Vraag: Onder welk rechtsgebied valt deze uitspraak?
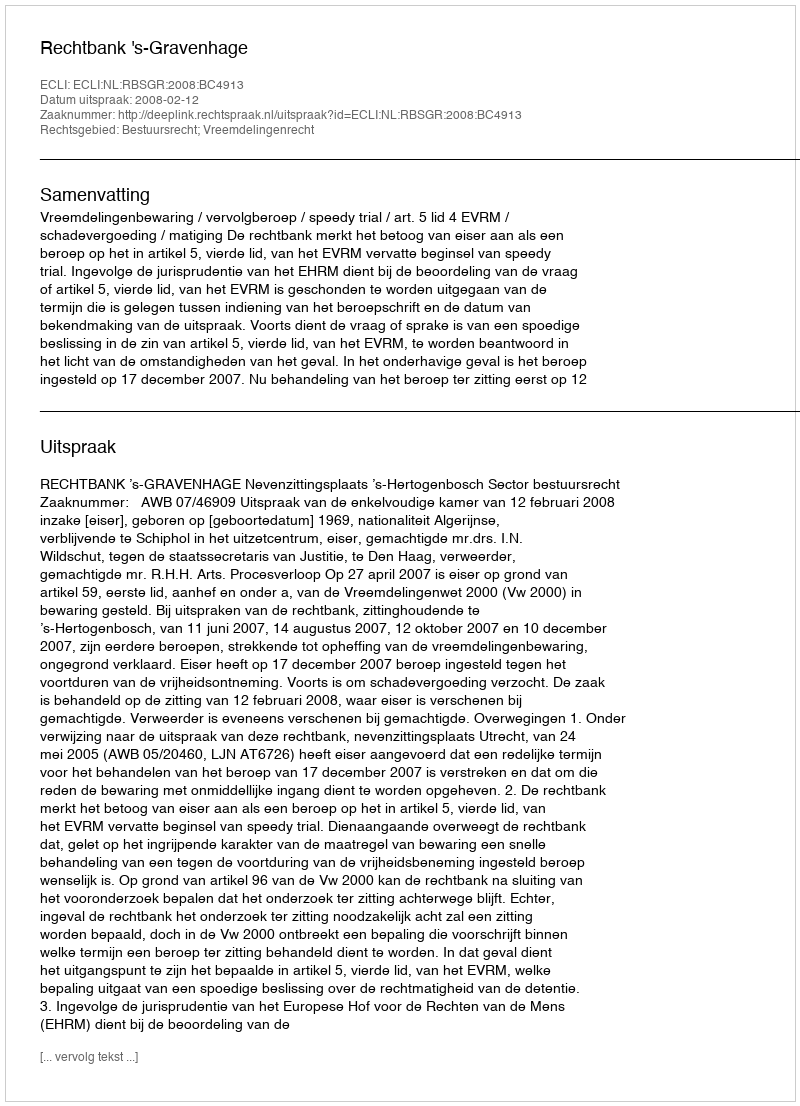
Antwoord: Bestuursrecht; Vreemdelingenrecht